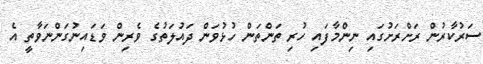
ސަރުކާރުން ރަށްރަށުގައި ނިންމާފައި ހުރި ތަންތަން ހުޅުވަން ދައުލަތުގެ ވެރިން ވަޑައިނުގަންނަވާތީ އެ